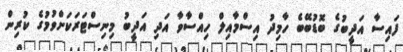
ފައިސާ އަދީބުގެ ބޮޑުބޭބެ ހާމިދު އިސްމާއިލް ހިއްސާވާ އަދި އަދީބު މިނިސްޓަރަކަށްވުމުގެ ކުރިން